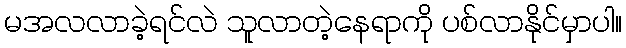
မအလလာခဲ့ရင်လဲ သူလာတဲ့နေရာကို ပစ်လာနိုင်မှာပါ။